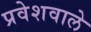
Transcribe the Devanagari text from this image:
प्रवेशवाले